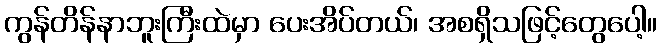
ကွန်တိန်နာဘူးကြီးထဲမှာ ပေးအိပ်တယ်၊ အစရှိသဖြင့်တွေပေါ့။